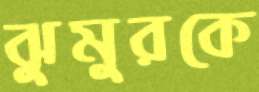
ঝুমুরকে